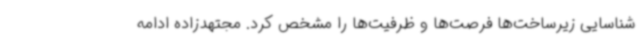
شناسایی زیرساخت‌ها فرصت‌ها و ظرفیت‌ها را مشخص کرد. مجتهدزاده ادامه